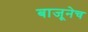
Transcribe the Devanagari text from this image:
बाजूनेच